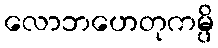
လောဘဟေတုကမ္ပိ